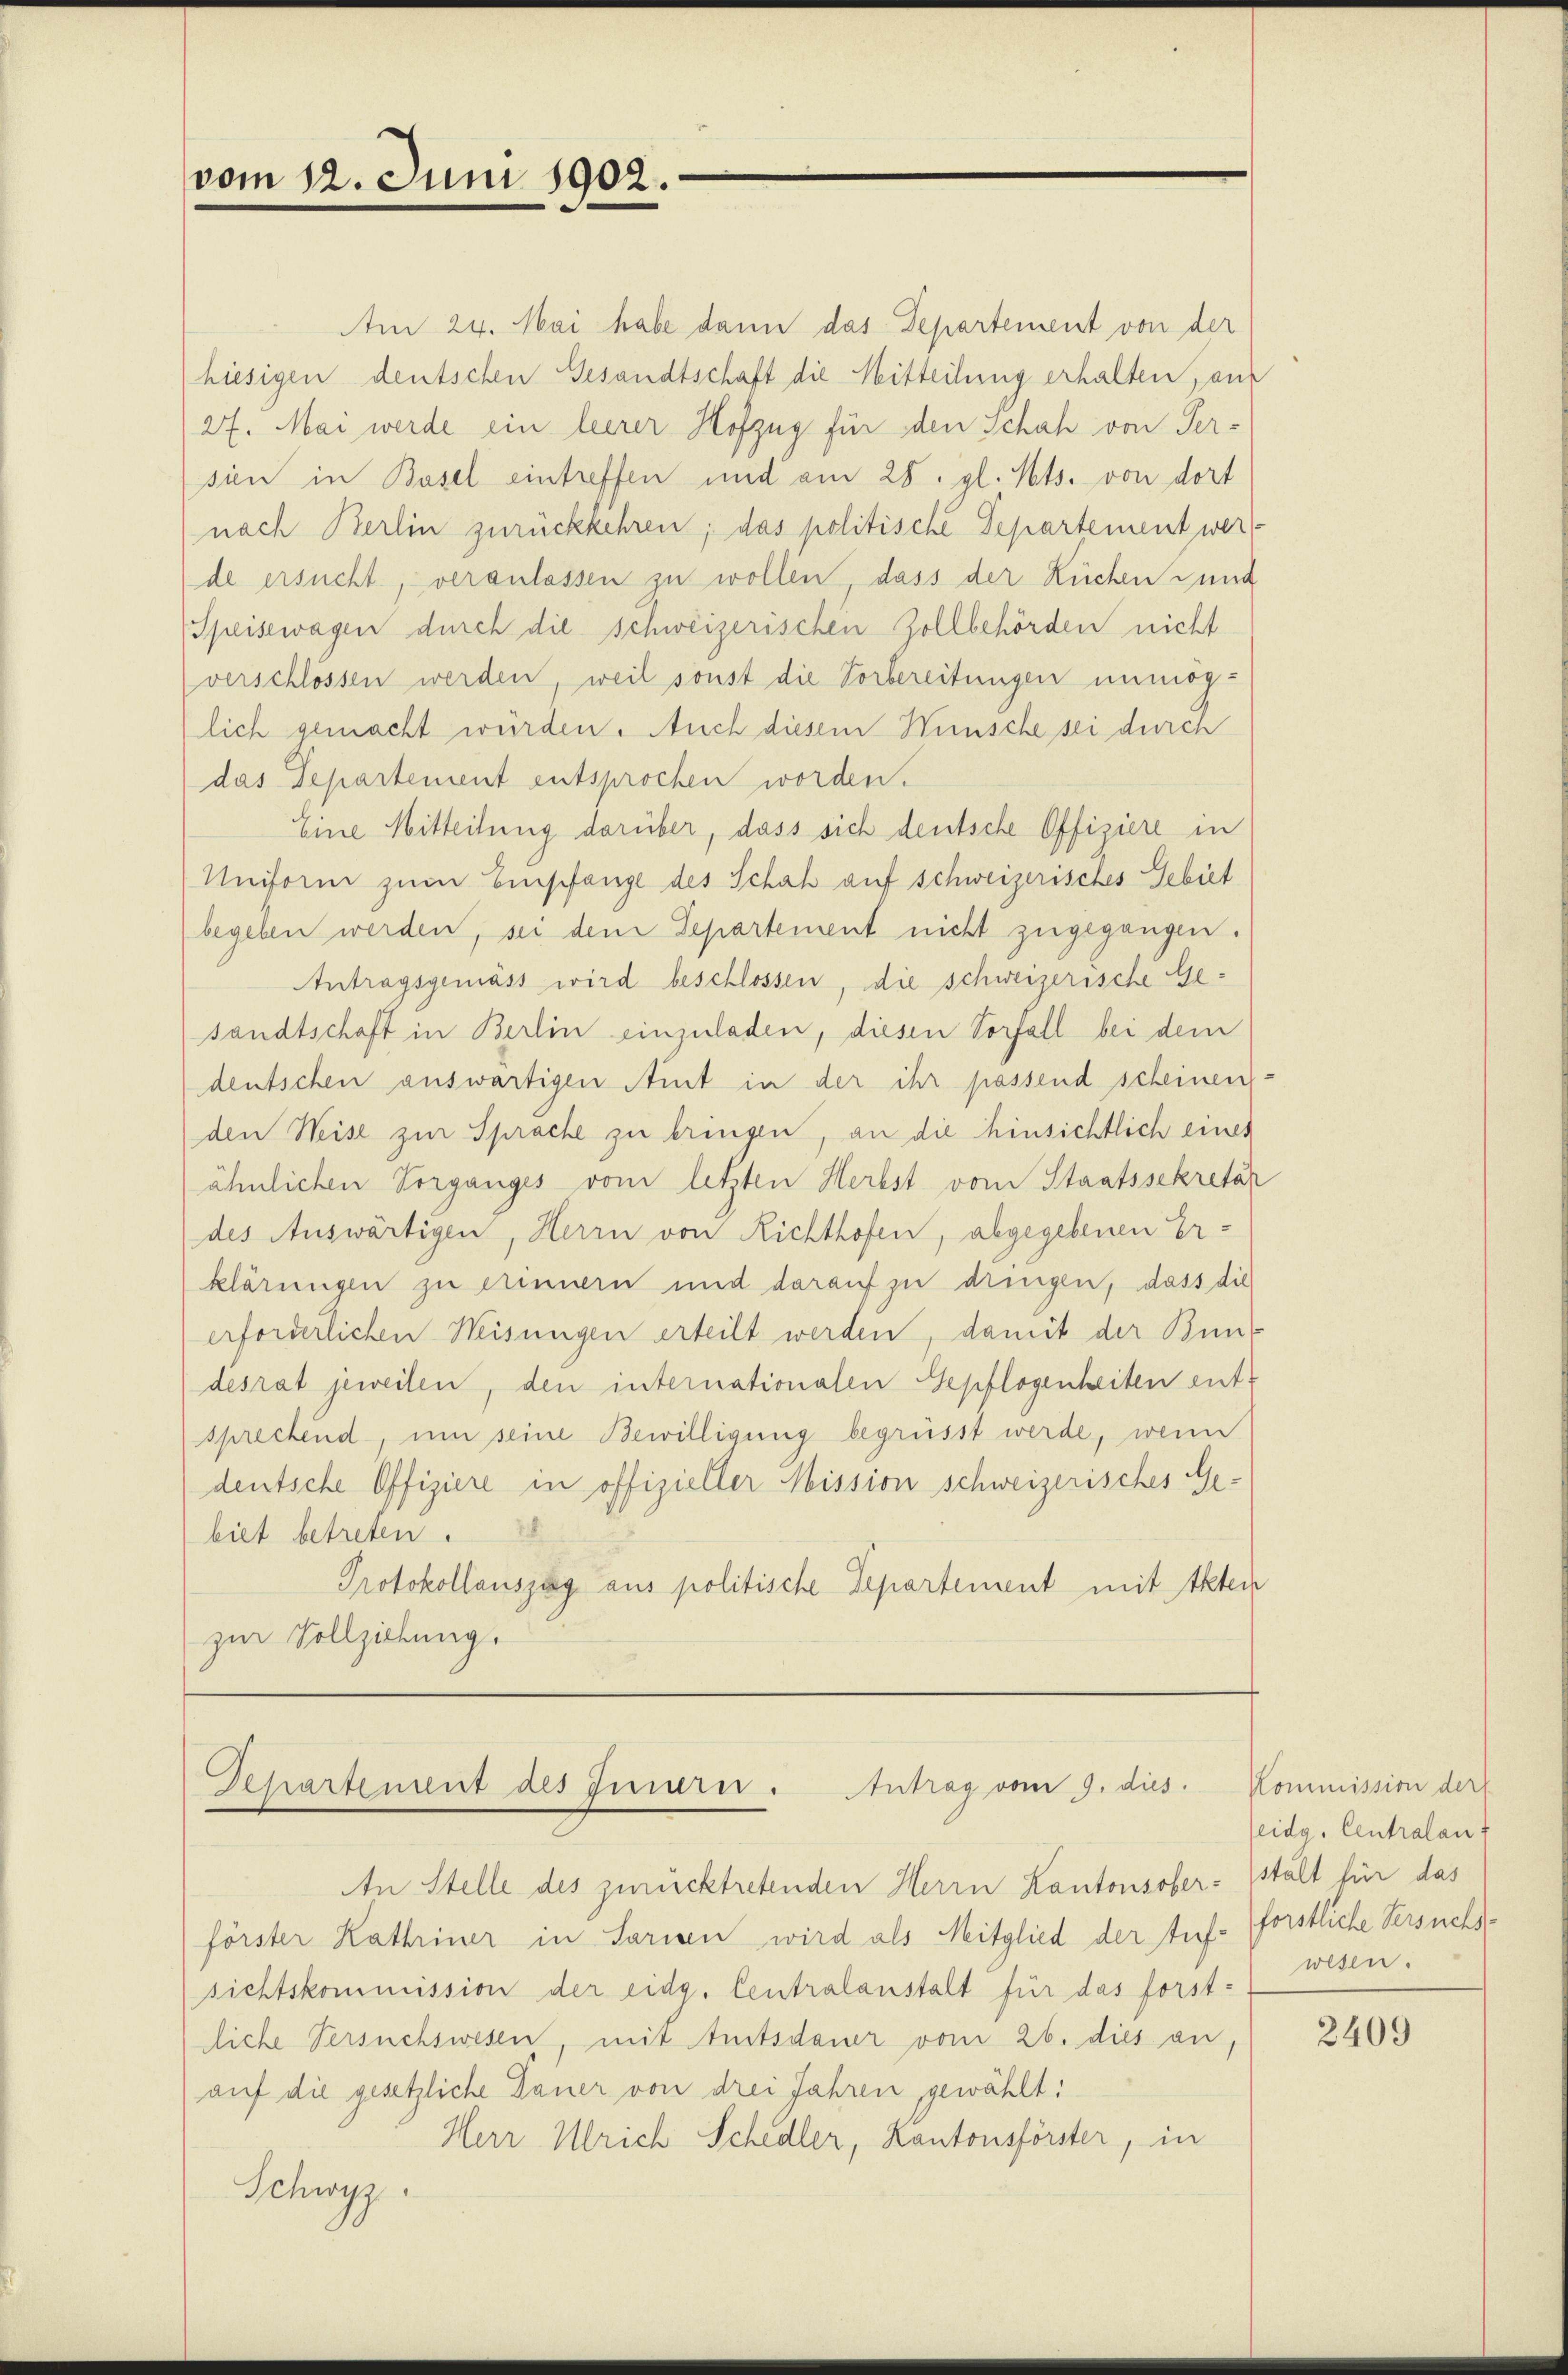
vom 12. Juni 1902.

Am 24. Mai habe dann das Departement von der
hiesigen deutschen Gesandtschaft die Mitteilung erhalten, au
27. Mai werde ein leerer Hofzug für den Schah von Ser-
sien in Basel eintreffen und am 28. gl. Mts. von dort
nach Berlin zurückkehren; das politische Departement wer
de ersucht, veranlassen zu wollen, dass der Küchen und
Speisewagen durch die schweizerischen Zollbehörden nicht
verschlössen werden, weil sonst die Vorbereitungen unmöglich gemacht würden. Auch diesem Wünsche sei durch
das Departement entsprochen worden.
Eine Mitteilung darüber, dass sich deutsche Offiziere in
Uniform zum Empfange des Schah auf schweizerisches Gebiet
begeben werden, sei dem Separtement nicht zugegangen.
Antragsgemäss wird beschlossen, die schweizerische Gesandtschaft in Berlin einzuladen, diesen Vorfall bei dem
deutschen auswärtigen Amt in der ihr passend scheinen
den Weise zur Sprache zu bringen, an die hinsichtlich eines
ähnlichen Vorganges vom letzten Herbst vom Staatssekretär
des Auswärtigen, Herrn von Richthofen, abgegebenen Erklärungen zu erinnern und darauf zu dringen, dass die
erforderlichen Weisungen erteilt werden, damit der Bundesrat jeweilen, den internationalen Gepflogenheiten ent-
sprechend, um seine Bewilligung begrüsst werde, wenn
deutsche Offiziere in offizieller Mission schweizerisches Gebiet betreten.
Protokollauszug aus politische Departement mit Akten
zur Vollziehung.

Departement des Innern. Antrag vom 9. dies

An Stelle des zurücktretenden Herrn Kantonsoberförster Kathriner in Sarin wird als Mitglied der Auf- forstliche Versuchssichtskommission der eidg. Centralanstalt für das forst-
liche Versuchswesen, mit Amtsdauer vom 26. dies an,
auf die gesetzliche Dauer von drei Jahren gewählt:
Herr Ulrich Schedler, Kantonsförster, in
Schwyz

Kommission der
eidg. Centralant
stalt für das
wesen.

2409